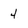
Character: 4